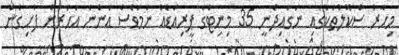
މިހާރު ސްކޫލުތަކުގައި ނަގައިދެނީ 35 މިނިޓްގެ ޕީރިއަޑެއް ނަމަވެސް އަންނަ އަހަރުން ފެށިގެން